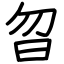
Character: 曶